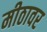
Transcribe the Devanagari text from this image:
मीठावर